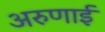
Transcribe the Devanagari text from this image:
अरुणाई